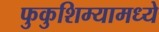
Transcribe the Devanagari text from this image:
फुकुशिम्यामध्ये